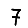
Digit: 7